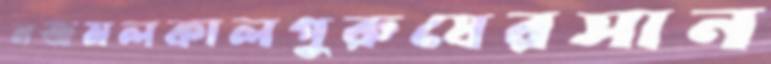
নজমলকালপুরুষেরসান